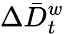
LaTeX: \Delta\bar{D}_{t}^{w}